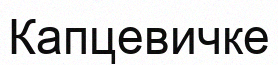
Капцевичке